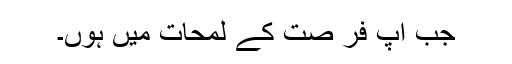
جب آپ فر صت کے لمحات میں ہوں۔